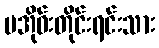
ပအိုဝ်းတိုင်းရင်းသား